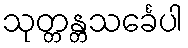
သုတ္တန္တသင်္ခေပါ